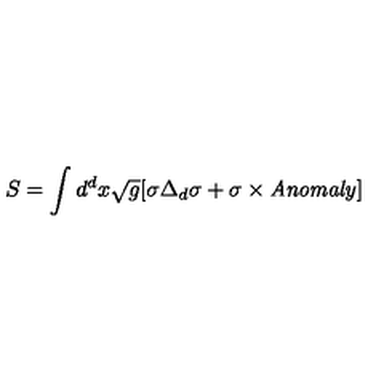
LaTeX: S = \int d ^ { d } x \sqrt { g } [ \sigma \Delta _ { d } \sigma + \sigma \times { \it A n o m a l y } ]